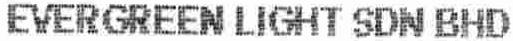
EVERGREEN LIGHT SDN BHD